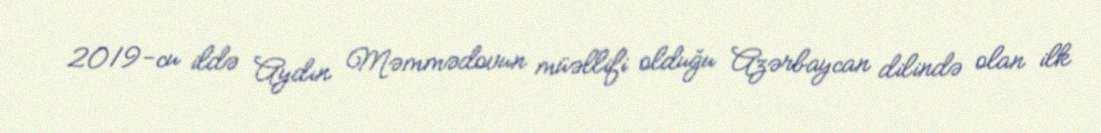
2019-cu ildə Aydın Məmmədovun müəllifi olduğu Azərbaycan dilində olan ilk